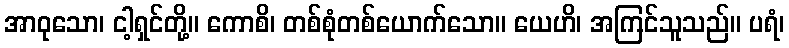
အာဝုသော၊ ငါ့ရှင်တို့။ ကောစိ၊ တစ်စုံတစ်ယောက်သော။ ယေဟိ၊ အကြင်သူသည်။ ပရံ၊